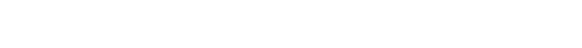
စဉ်းစားသွားမည် (၂၀၀)ကေဗွီအေ မှင်ပေးဝေခြင်း လက်မခံအောင် သူတချို့ကို